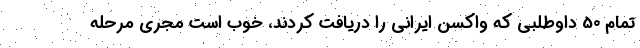
تمام 50 داوطلبی که واکسن ایرانی را دریافت کردند، خوب است مجری مرحله